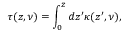
\tau ( z , \nu ) = \int _ { 0 } ^ { z } d z ^ { \prime } \kappa ( z ^ { \prime } , \nu ) ,